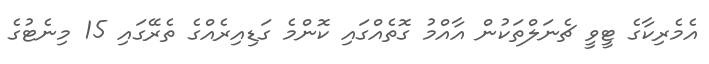
އެމެރިކާގެ ޓީވީ ޗެނަލްތަކުން އާއްމު ގޮތެއްގައި ކޮންމެ ގަޑިއިރެއްގެ ތެރޭގައި 15 މިނެޓުގެ